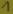
Text: 1